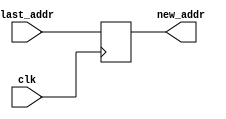
`timescale 1ns / 1ps
//////////////////////////////////////////////////////////////////////////////////
// Company: 
// Engineer: 
// 
// Design Name: 
// Module Name: PC
// Project Name: 
// Target Devices: 
// Tool Versions: 
// Description: 
// 
// Dependencies: 
// 
// Revision:
// Revision 0.01 - File Created
// Additional Comments:
// 
//////////////////////////////////////////////////////////////////////////////////


module PC (
    output reg [31:0] new_addr = -4,
    input clk,
    input [31:0] last_addr
    );
    
    always @(posedge clk)
        new_addr <= last_addr;
endmodule